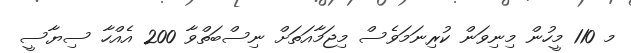
މ 110 މީހުން މިނިވަން ކުރިނަމަވެސް މިޖަމާއަތަށް ނިސްބަތްވާ 200 އެއްހާ ސިޔާސީ